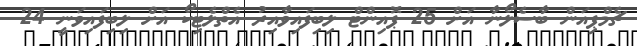
ޗެމްޕިއަން ބާސެލޯނާ އަށް 25 ޕޮއިންޓް ލިބިފައިވާއިރު އެތްލެޓިކޯ އަށް ލިބިފައިވަނީ 24